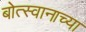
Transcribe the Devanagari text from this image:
बोत्स्वानाच्या